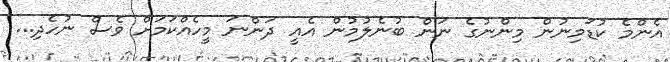
އެންމެ ކުޑަމިނުން މިންނުގެ ނަން ބުނެލުމުން އެއީ ދަންނަ މީހެއްކަމަށް ވެސް ނުހެދި...